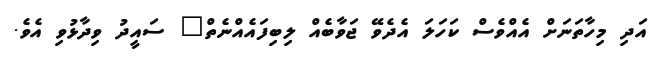
އަދި މިހާތަނަށް އެއްވެސް ކަހަލަ އެދެވޭ ޖަވާބެއް ލިބިފައެއްނެތް" ސައީދު ވިދާޅުވި އެވެ.